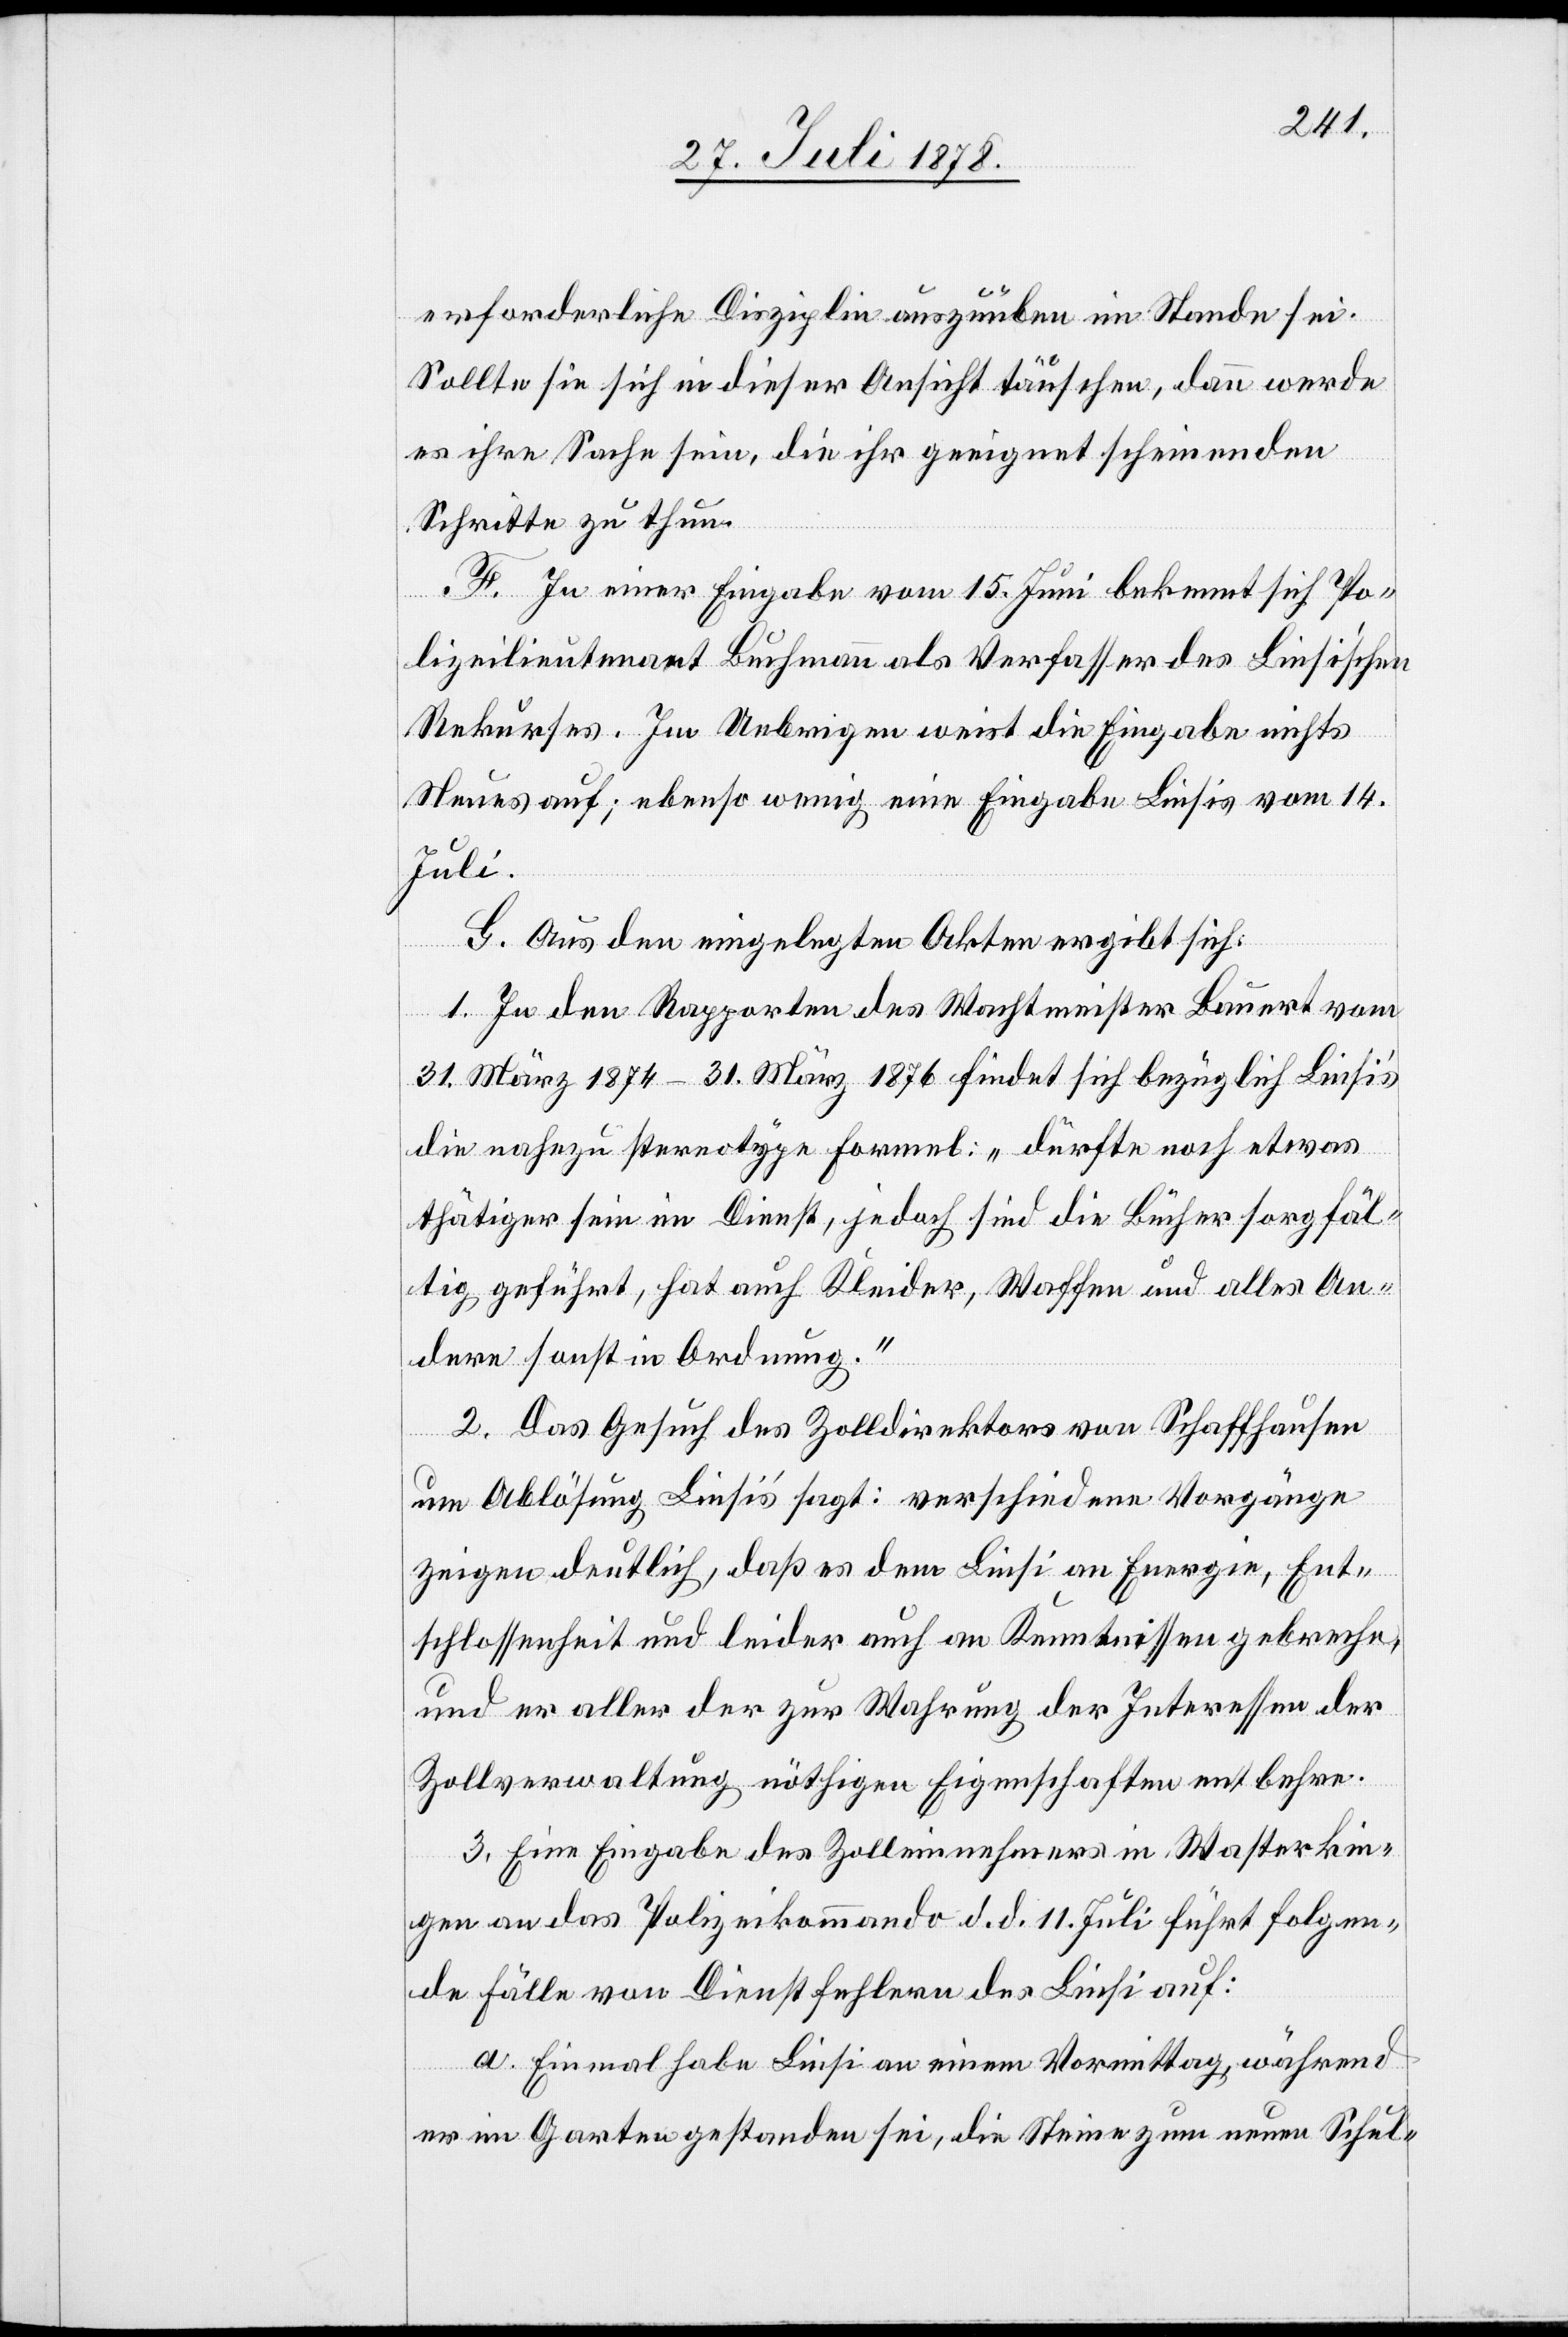
erforderliche Disziplin auszuüben im Stande sei.
Sollte sie sich in dieser Ansicht täuschen, dann werde
es ihre Sache sein, die ihr geeignet scheinenden
Schritte zu thun.
F. In einer Eingabe vom 15. Juni bekennt sich Po¬
lizeilieutenant Buchmann als Verfasser des Liesi’schen
Rekurses. Im Uebrigen weist die Eingabe nichts
Neues auf; ebenso wenig eine Eingabe Liesis vom 14.
Juli.
G. Aus den eingelegten Akten ergibt sich.
1. In den Rapporten des Wachtmeister Bauert vom
31. März 1874 – 31. März 1876 findet sich bezüglich Liesi’s
die nahezu stereotype Formel: „dürfte noch etwas
thätiger sein im Dienst, jedoch sind die Bücher sorgfäl¬
tig geführt, hat auch Kleider, Waffen und alles An¬
dere sonst in Ordnung.“
2. Das Gesuch des Zolldirektors von Schaffhausen
um Ablösung Liesi’s sagt: verschiedene Vorgänge
zeigen deutlich, daß es dem Liesi an Energie, Ent¬
schlossenheit und leider auch an Kenntnissen gebreche,
und er aller der zur Wahrung der Interessen der
Zollverwaltung nöthigen Eigenschaften entbehre.
3. Eine Eingabe des Zolleinnehmers in Wasterkin¬
gen an das Polizeikommando d. d. 11. Juli führt folgen¬
de Fälle von Dienstfehlern des Liesi auf:
a. Einmal habe Liesi an einem Vormittag, während
er im Garten gestanden sei, die Steine zum neuen Schul-